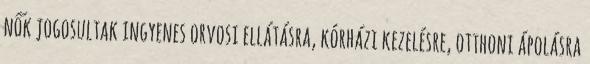
nők jogosultak ingyenes orvosi ellátásra, kórházi kezelésre, otthoni ápolásra